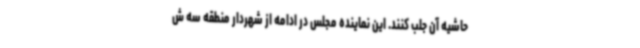
حاشیه آن جلب کنند. این نماینده مجلس در ادامه از شهردار منطقه سه ش